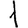
Digit: 1